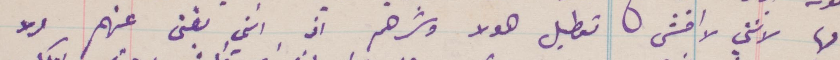
لها لانني لا اخشى تعطيل هؤلاء وشرهم اذ انت بغنى عنهم ولا